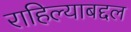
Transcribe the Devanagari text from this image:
राहिल्याबद्दल